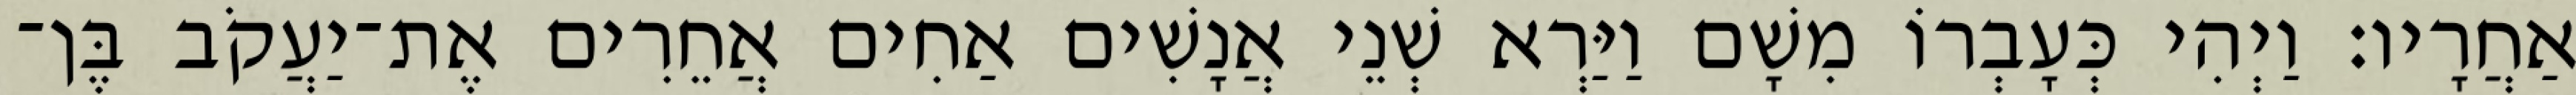
אַחֲרָיו׃ וַיְהִי כְּעָבְרוֹ מִשָׁם וַיַּרְא שְׁנֵי אֲנָשִׁים אַחִים אֲחֵרִים אֶת־יַעֲקֹב בֶּן־